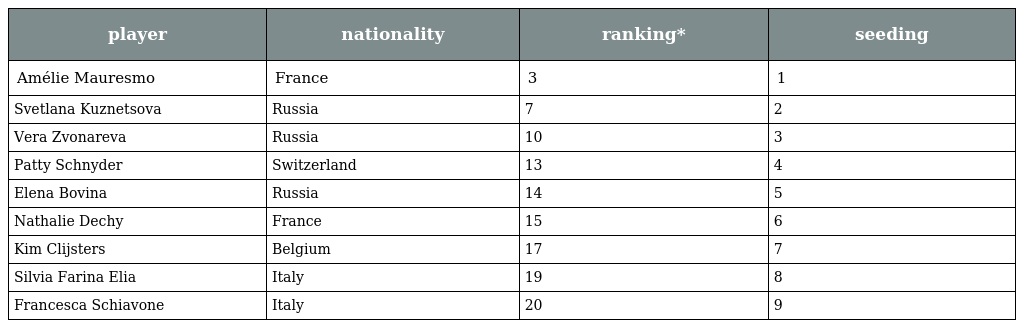
| player | nationality | ranking* | seeding |
 | --- | --- | --- | --- |
 | Amélie Mauresmo | France | 3 | 1 |
 | Svetlana Kuznetsova | Russia | 7 | 2 |
 | Vera Zvonareva | Russia | 10 | 3 |
 | Patty Schnyder | Switzerland | 13 | 4 |
 | Elena Bovina | Russia | 14 | 5 |
 | Nathalie Dechy | France | 15 | 6 |
 | Kim Clijsters | Belgium | 17 | 7 |
 | Silvia Farina Elia | Italy | 19 | 8 |
 | Francesca Schiavone | Italy | 20 | 9 |